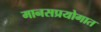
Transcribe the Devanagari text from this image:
मानसप्रयोगात